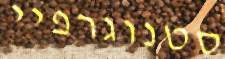
סטנוגרפיי